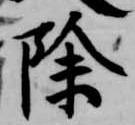
除